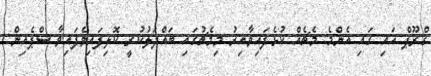
ގްރޫޕް އައި ގައި އެންމެ މެޗެއް ކުޅެފައިވާއިރު މިމެޗުގައި ބައްދަލުކުރީ ކޮލިފައިވެފައިވާ ސްޕެއިން